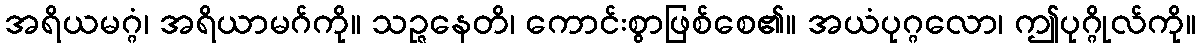
အရိယမဂ္ဂံ၊ အရိယာမဂ်ကို။ သဉ္ဇနေတိ၊ ကောင်းစွာဖြစ်စေ၏။ အယံပုဂ္ဂလော၊ ဤပုဂ္ဂိုလ်ကို။